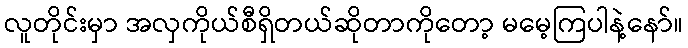
လူတိုင်းမှာ အလှကိုယ်စီရှိတယ်ဆိုတာကိုတော့ မမေ့ကြပါနဲ့နော်။